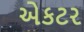
એકટર